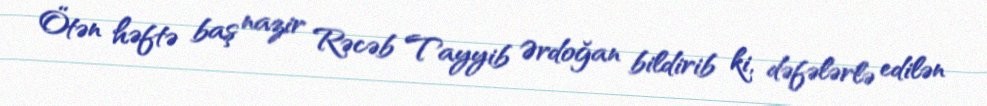
Ötən həftə baş nazir Rəcəb Tayyib Ərdoğan bildirib ki, dəfələrlə edilən